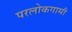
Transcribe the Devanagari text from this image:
परलोकगामी